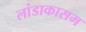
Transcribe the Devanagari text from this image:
लांडाकासम